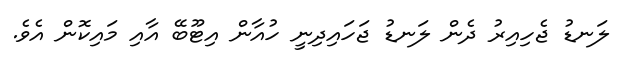
ލަނޑު ޖެހިއިރު ދެން ލަނޑު ޖަހައިދިނީ ހުއާން އިޓޫބޭ އާއި މައިކޮން އެވެ.